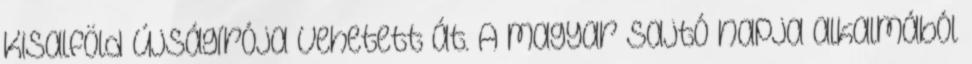
Kisalföld újságírója vehetett át. A magyar sajtó napja alkalmából